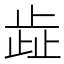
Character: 歮